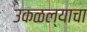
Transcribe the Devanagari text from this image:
उकळल्याचा